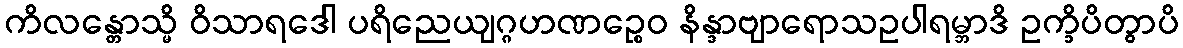
ကိလန္တောသ္မိ ဝိသာရဒေါ ပရိညေယျဂ္ဂဟဏဉ္စေဝ နိန္ဒာဗျာရောသဥပါရမ္ဘာဒိ ဥက္ခိပိတွာပိ